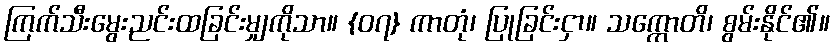
ကြက်သီးမွေးညင်းထခြင်းမျှကိုသာ။ {၀၇} ကာတုံ၊ ပြုခြင်းငှာ။ သက္ကောတိ၊ စွမ်းနိုင်၏။